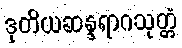
ဒုတိယဆန္ဒရာဂသုတ္တံ